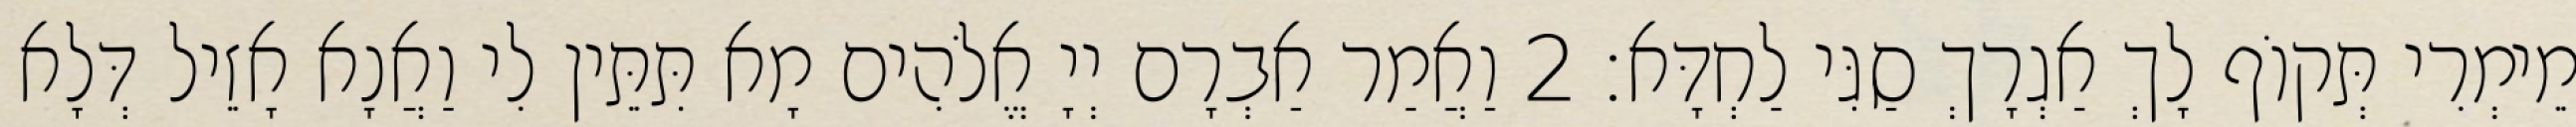
מֵימְרִי תְּקוֹף לָךְ אַגְרָךְ סַגִּי לַחְדָּא׃ 2 וַאֲמַר אַבְרָם יְיָ אֱלֹהִים מָא תִּתֵּין לִי וַאֲנָא אָזֵיל דְּלָא